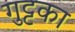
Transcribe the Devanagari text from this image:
गुट्टका